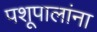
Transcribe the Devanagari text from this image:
पशूपालांना